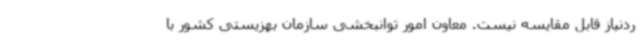
ردنیاز قابل مقایسه نیست. معاون امور توانبخشی سازمان بهزیستی کشور با